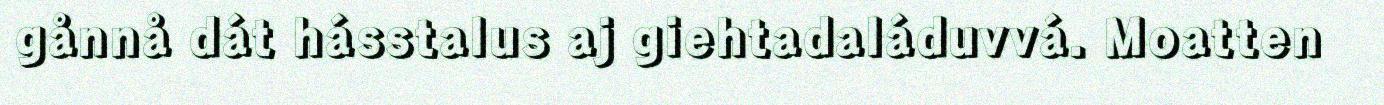
gånnå dát hásstalus aj giehtadaláduvvá. Moatten